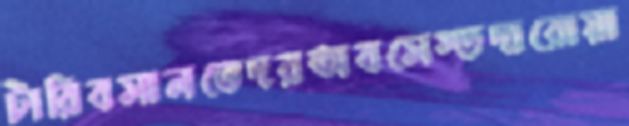
টারিবসালভেদরঅবসেস্ডদারোয়া